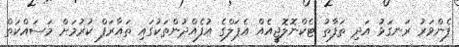
ފެންވަރު ރަނގަޅު އަދި ތަފާތު ޓެކްނޮލޮޖީއެއް އެޕަލްގެ އުފެއްދުންތަކުގައި ތައާރަފް ކުރުމަށް މަސައްކަތް